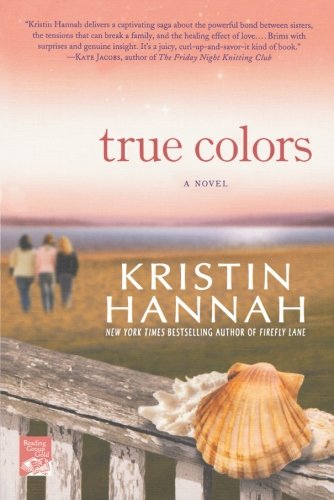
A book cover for True Colors; Kristin Hannah; Literature & Fiction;